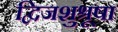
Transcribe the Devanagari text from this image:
द्विजशुश्रूषा